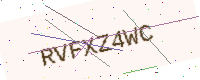
Text: RVFXZ4WC